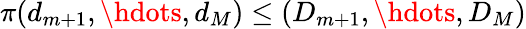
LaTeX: \pi(d_{m+1},\hdots,d_{M})\leq(D_{m+1},\hdots,D_{M})